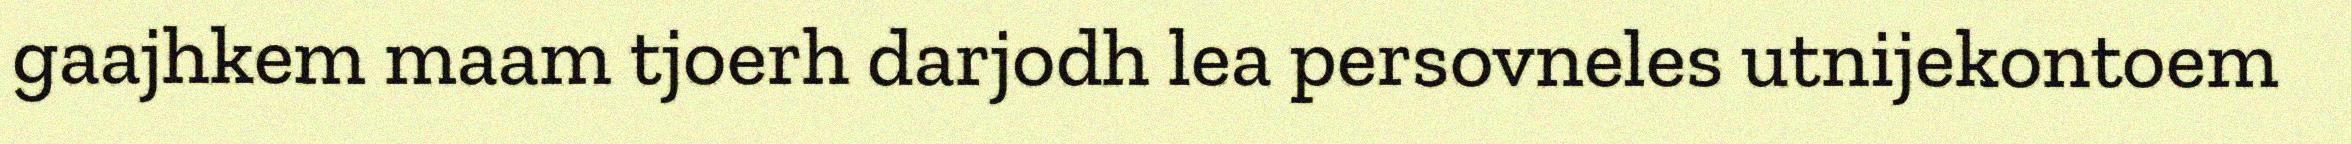
gaajhkem maam tjoerh darjodh lea persovneles utnijekontoem